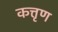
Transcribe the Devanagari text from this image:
कत्तृण